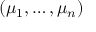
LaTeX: ( \mu _ { 1 } , \ldots , \mu _ { n } )